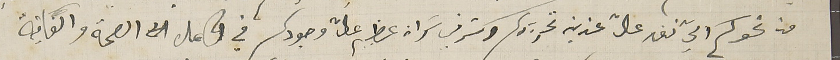
من نحوكم التي نفد عالت عزيز تحريركم وكتر في سَراه عظيم عالت وجودكم في كامل الصحة والعافية